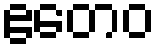
ဧတေဝ